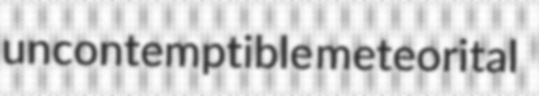
uncontemptible meteorital